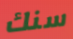
سنك